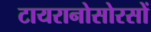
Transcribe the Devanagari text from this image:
टायरानोसोरसों